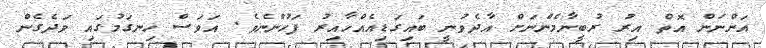
އަންނަން އޮތް އިރު ރުބީނާމެންނަށް އާދެވުނީ ބައިގަޑިއެއްހާއިރު ފަހުންނެވެ. އަވަސް ހިނގަމުގައި ވަދެގެން